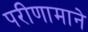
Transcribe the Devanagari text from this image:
परीणामाने